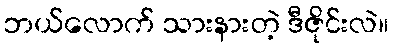
ဘယ်လောက် သားနားတဲ့ ဒီဇိုင်းလဲ။